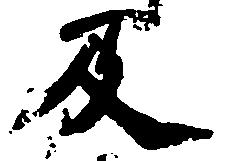
及